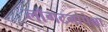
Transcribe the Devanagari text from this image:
लाँगटनांपेक्षा